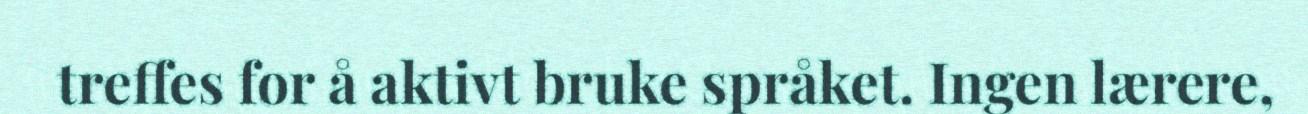
treffes for å aktivt bruke språket. Ingen lærere,